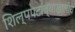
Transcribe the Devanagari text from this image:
शिल्पपटांच्याखालीच